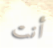
أنت